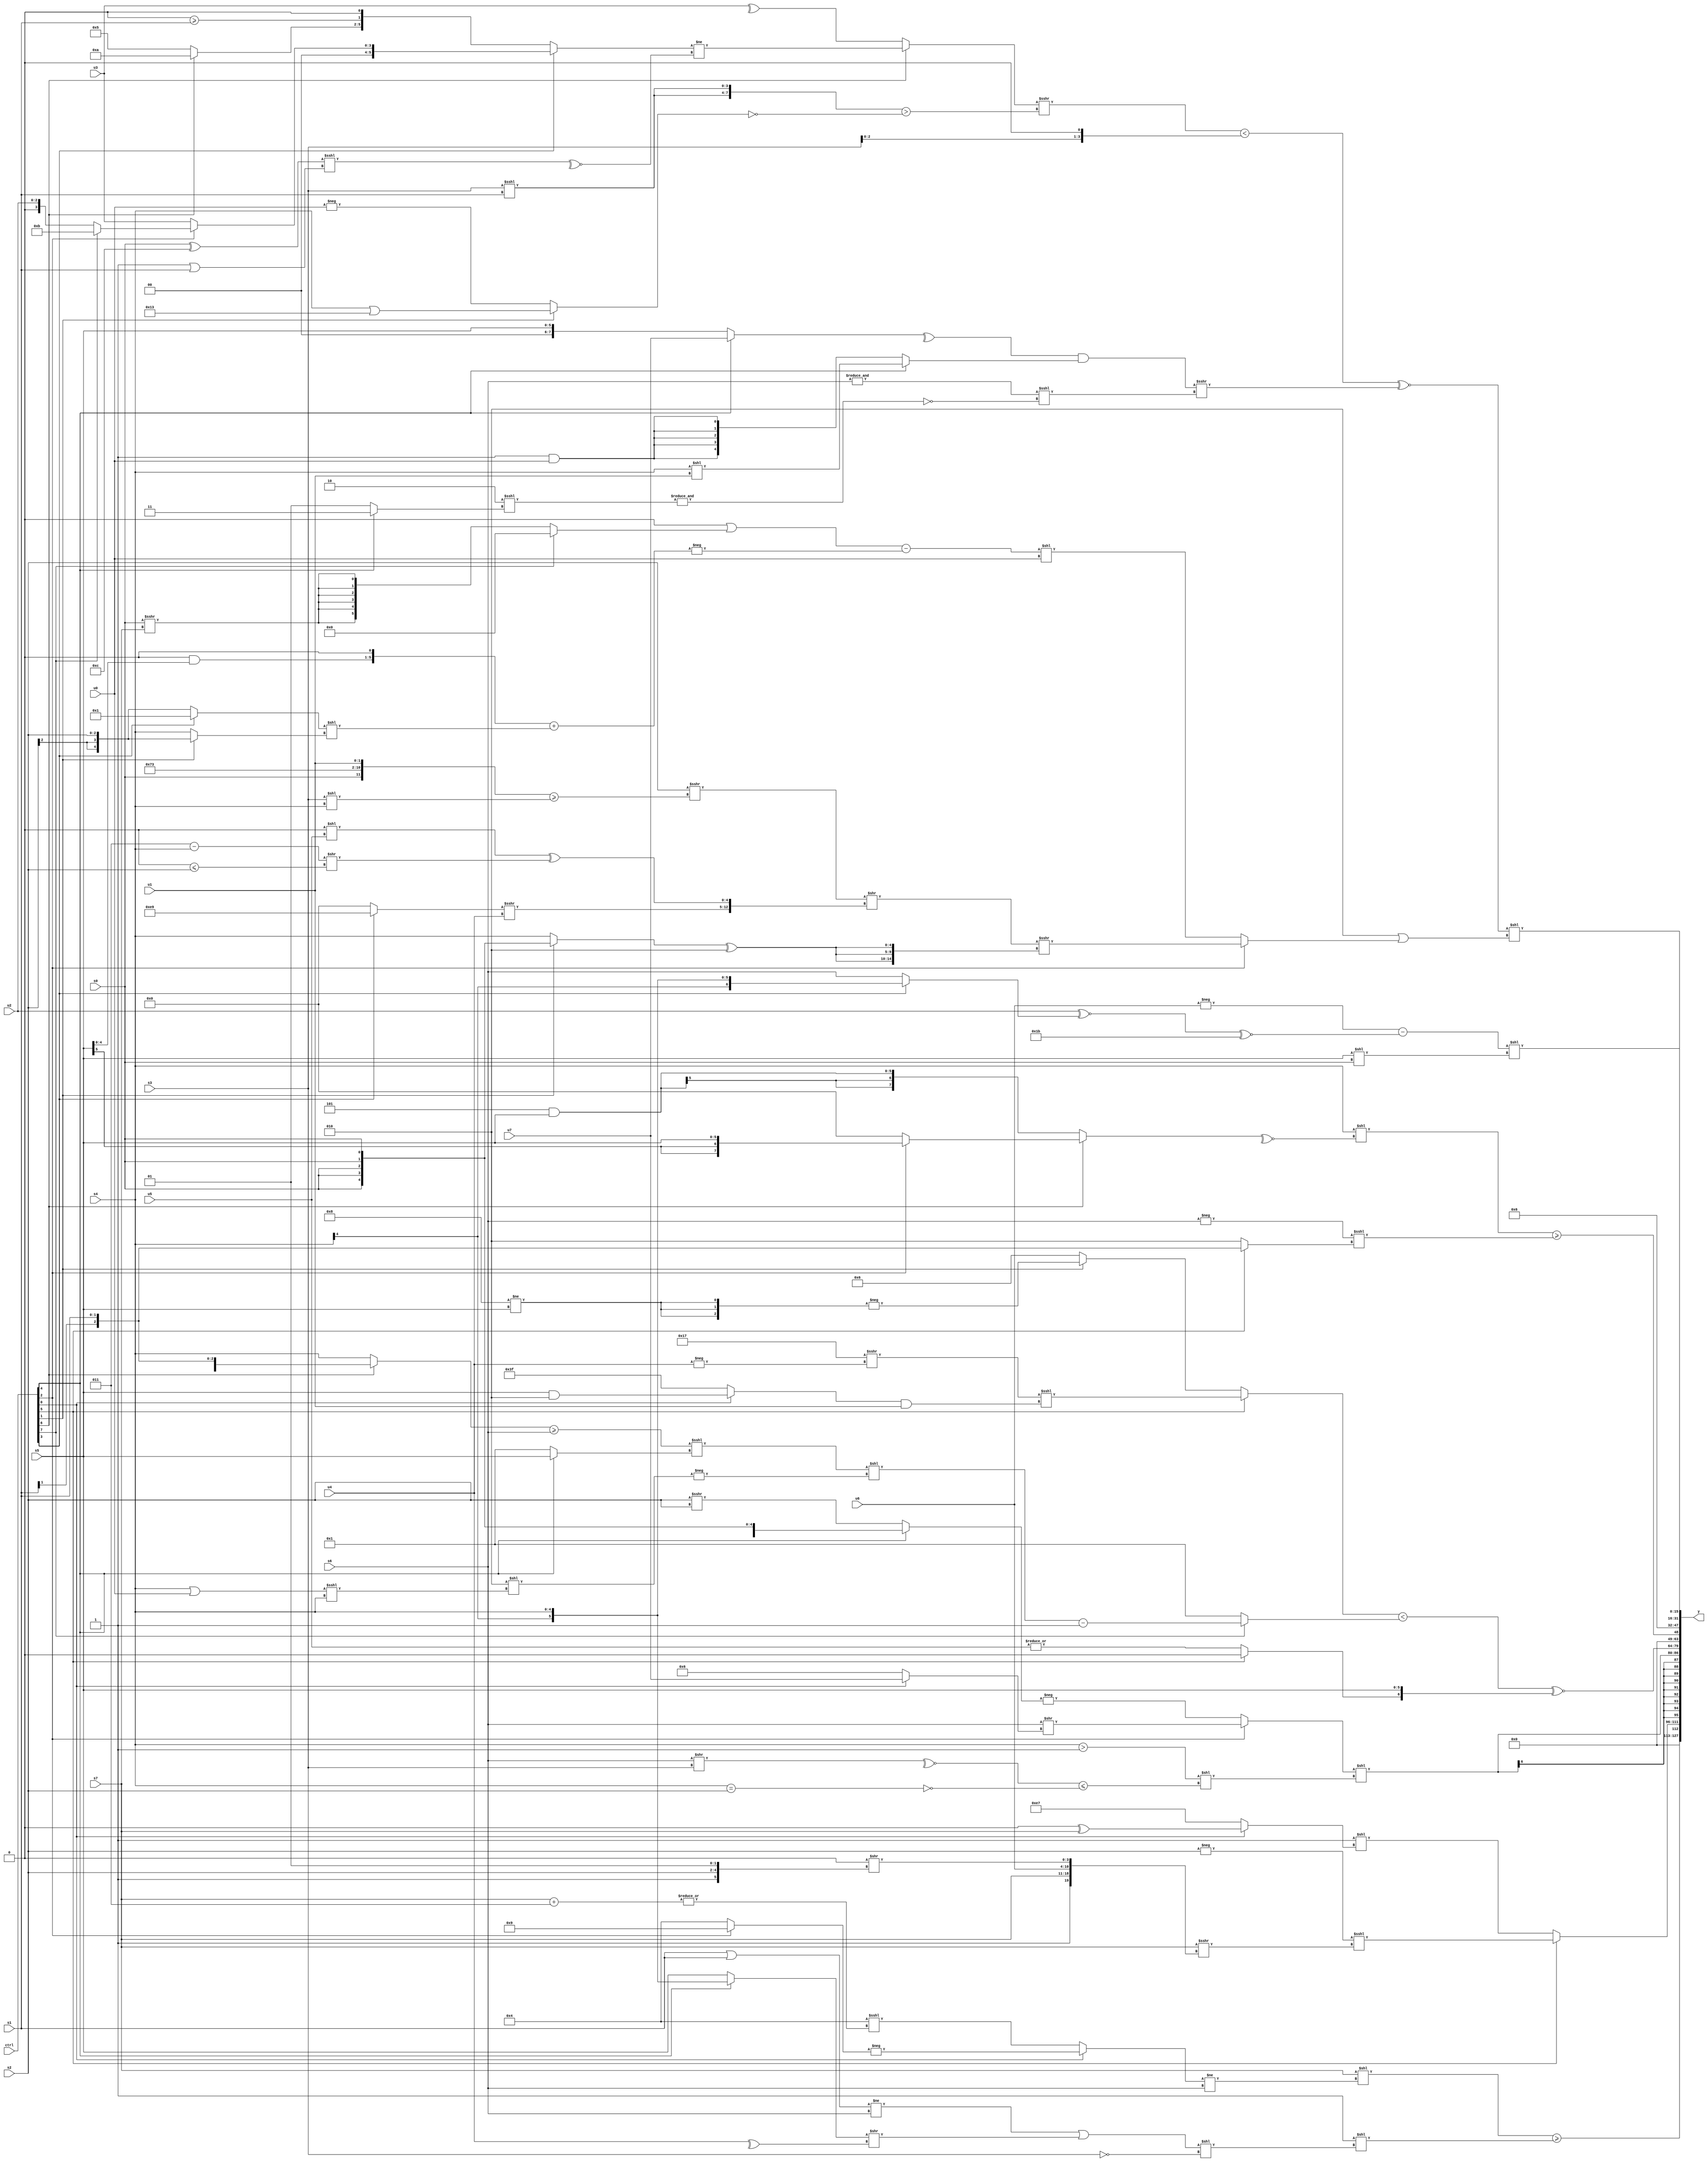
module wideexpr_00576(ctrl, u0, u1, u2, u3, u4, u5, u6, u7, s0, s1, s2, s3, s4, s5, s6, s7, y);
  input [7:0] ctrl;
  input [0:0] u0;
  input [1:0] u1;
  input [2:0] u2;
  input [3:0] u3;
  input [4:0] u4;
  input [5:0] u5;
  input [6:0] u6;
  input [7:0] u7;
  input signed [0:0] s0;
  input signed [1:0] s1;
  input signed [2:0] s2;
  input signed [3:0] s3;
  input signed [4:0] s4;
  input signed [5:0] s5;
  input signed [6:0] s6;
  input signed [7:0] s7;
  output [127:0] y;
  wire [15:0] y0;
  wire [15:0] y1;
  wire [15:0] y2;
  wire [15:0] y3;
  wire [15:0] y4;
  wire [15:0] y5;
  wire [15:0] y6;
  wire [15:0] y7;
  assign y = {y0,y1,y2,y3,y4,y5,y6,y7};
  assign y0 = (($signed(s7))<<(((ctrl[0]?-((ctrl[2]?$signed(5'sb01001):6'sb000100)):(4'sb0100)<<<(|((s7)+(4'sb0011)))))!=(s6)))>=((1'sb1)<<(((((s1)|(s1))!=(s6))|($unsigned(((ctrl[4]?s4:s5))>>(^(u4)))))<<(~(s3))));
  assign y1 = (ctrl[5]?(-(s2))<<<((s7)>>>({(ctrl[0]?~(-(1'b0)):~^(3'sb011)),s7,u6,((4'sb1011)&(3'sb000))>>({1'sb1,s2,$unsigned(2'sb01)})})):(4'sb1111)<<((ctrl[0]?(((ctrl[1]?1'sb0:$signed(3'b011)))>>(5'sb11110))^(s7):$signed(6'sb100111))));
  assign y2 = $signed(((ctrl[2]?(s6)>>((ctrl[0]?u7:$unsigned(3'sb110))):-((ctrl[4]?s0:(s2)>>>(s2)))))<<(((s4)>(-(+(2'sb01))))<<((~^((s6)>>(s3)))<=(~((s4)==(s2))))));
  assign y3 = (((ctrl[5]?($signed($signed((($signed(6'b110111))<<<((5'sb10111)<<(6'sb110111)))>>>($signed(-(u4))))))<<<($signed(($unsigned((ctrl[0]?(s5)&(5'sb00010):1'sb1)))&(u1))):(ctrl[1]?-({3{(((4'sb0110)^~(2'sb01))!=(s5))>>>(((6'b011110)<(s2))<<<((3'sb111)|(1'sb1)))}}):3'sb110)))<((ctrl[7]?(($signed((((ctrl[6]?s1:s4))>=(s6))<<<((ctrl[4]?s5:2'sb01))))<<(-((4'sb0010)<<(((s4)|(u0))<<<(s4)))))-(2'sb01):1'sb1)))^~({(ctrl[5]?{2{(+(4'sb0011))<<<(6'sb001110)}}:|(u5)),s5});
  assign y4 = (($signed($signed(s4)))<<(~^((ctrl[6]?(ctrl[2]?s5:(s7)<<<(4'sb1001)):(3'sb101)&(s5)))))>=(((-({s6}))<<<((ctrl[5]?s1:(3'sb000)^~($signed(3'sb101)))))>>(2'b00));
  assign y5 = 4'sb0110;
  assign y6 = (($signed($signed(-(u6))))-((($signed(u2))^~((ctrl[3]?s4:s6)))^~(6'sb011011)))<<((s5)<<(s0));
  assign y7 = (((((ctrl[6]?((ctrl[3]?(ctrl[2]?(ctrl[7]?4'sb1011:u2):(ctrl[3]?u3:u7)):{(ctrl[6]?6'b001010:4'sb0101),(3'sb000)>=(s1),(5'sb01111)<=(2'sb10)}))!=(~^(((s0)^(5'sb01100))<<<((2'sb11)|(s1)))):^(u3)))>>>(({2{(s3)<<<(s1)}})>($unsigned(!((ctrl[1]?(s4)|(5'sb10011):-(u0)))))))<(($unsigned(s3))<<(2'sb01)))^~(((^((ctrl[4]?u7:s5)))&($signed((ctrl[4]?(s4)<<(u1):(1'sb1)&($signed({4{u0}}))))))>>>(({&({s6})})<<<(-(~^(&((3'sb110)<<<((ctrl[4]?1'sb1:2'sb01)))))))))<<(($signed(-(3'b110)))|((ctrl[2]?(((s2)>>>((({s0,4'b0011,5'b10011,u1})<<<((1'sb1)<<(5'sb00110)))>=($unsigned((s3)<<(s4)))))>>({((ctrl[3]?-(6'sb010111):(u7)>>(4'sb1111)))>>>(u4),((-(3'sb000))<<(u5))^(((3'sb011)-(s4))>>((1'sb0)<=(s2)))}))>>>({3{$unsigned($signed(((ctrl[1]?s0:s4))^(-(2'sb10))))}}):((($signed(^(4'sb1100)))|((ctrl[7]?2'sb00:$signed((s0)>>>(s7)))))-(-((((1'sb0)&(s5))<<(1'sb1))+(((ctrl[3]?5'sb00001:s2))<<((ctrl[1]?s2:s4))))))<<(~(($signed(($signed(6'sb000000))==(+(4'b1010))))^(-(($unsigned(u0))^(~&(5'sb11110)))))))));
endmodule